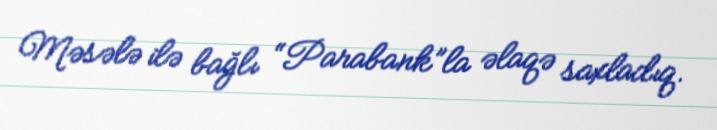
Məsələ ilə bağlı “Parabank”la əlaqə saxladıq.